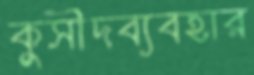
কুসীদব্যবহার